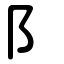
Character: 阝